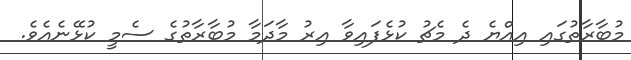
މުބާރާތުގައި އިއްޔެ ދެ މެޗު ކުޅެފައިވާ އިރު މާދަމާ މުބާރާތުގެ ސެމީ ކުޅޭނެއެވެ.